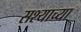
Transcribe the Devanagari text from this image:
सश्याच्या